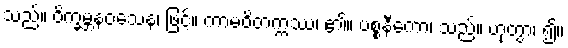
သည်။ ဝိက္ခမ္ဘနဝသေန၊ ဖြင့်။ ကာမဝိတက္ကဿ၊ ၏။ ပစ္စနီကော၊ သည်။ ဟုတွာ၊ ၍။